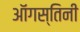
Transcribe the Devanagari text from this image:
ऑगस्तिनी